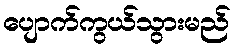
ပျောက်ကွယ်သွားမည်